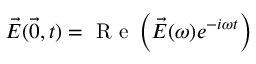
\vec { E } ( \vec { 0 } , t ) = \mathrm { ~ R ~ e ~ } \left( \vec { E } ( \omega ) e ^ { - i \omega t } \right)